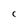
Character: C